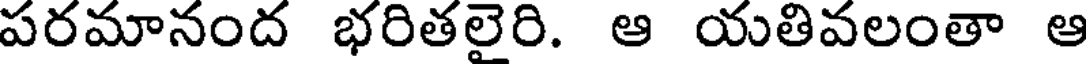
పరమానంద భరితలైరి. ఆ యతివలంతా ఆ